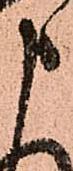
申